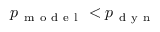
p _ { \mathrm { ~ m ~ o ~ d ~ e ~ l ~ } } < p _ { \mathrm { ~ d ~ y ~ n ~ } }